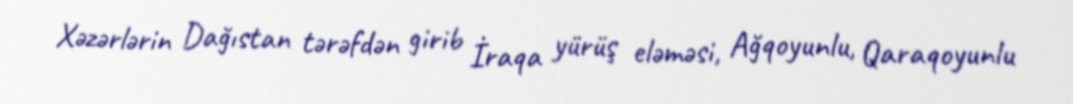
Xəzərlərin Dağıstan tərəfdən girib İraqa yürüş eləməsi, Ağqoyunlu, Qaraqoyunlu